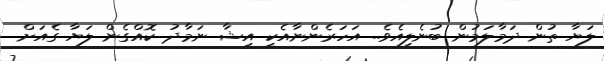
ލަޔާ ތުން ދަމާލަމުން ބުނެލިއެވެ.. އަހަރެންނާއެކީ އިޝާ ނަމާދު ކޮއްގެން ލަޔާ ގެއަށް